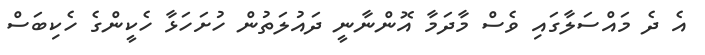
އެ ދެ މައްސަލާގައި ވެސް މާދަމާ އޮންނާނީ ދައުލަތުން ހުށަހަޅާ ހެކީންގެ ހެކިބަސް